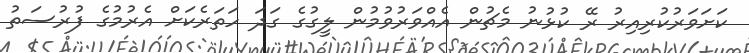
ކަށަވަރުކުރިއިރު ރޭ ކުޅުނު މެޗުން އެއްވަރުވުމުން ލީގުގެ ގަދަ ހަތަރެކަށް އެރުމުގެ ފުރުސަތު